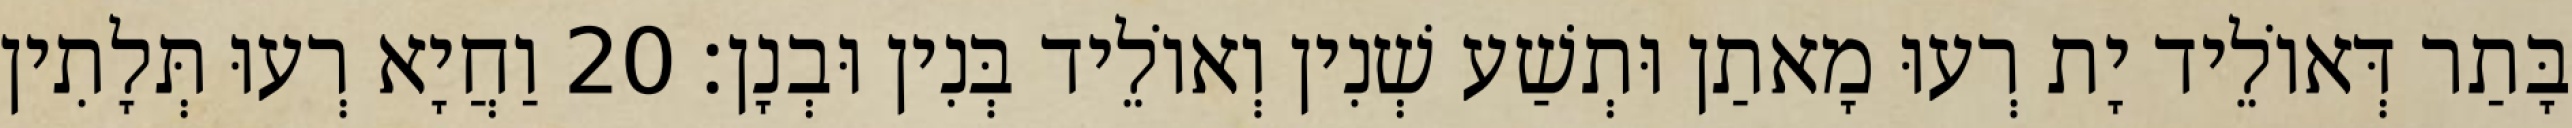
בָּתַר דְּאוֹלֵיד יָת רְעוּ מָאתַן וּתְשַׁע שְׁנִין וְאוֹלֵיד בְּנִין וּבְנָן׃ 20 וַחֲיָא רְעוּ תְּלָתִין